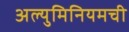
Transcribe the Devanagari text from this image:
अल्युमिनियमची